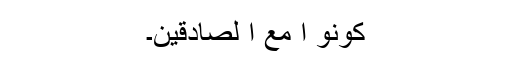
کونو ا مع ا لصادقین۔